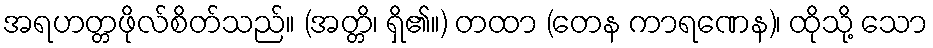
အရဟတ္တဖိုလ်စိတ်သည်။ (အတ္တိ၊ ရှိ၏။) တထာ (တေန ကာရဏေန)၊ ထိုသို့ သော